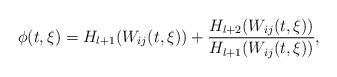
LaTeX: \begin{align*}\phi(t,\xi) = H_{l+1}(W_{ij}(t,\xi)) + \frac{H_{l+2}(W_{ij}(t,\xi))}{H_{l+1}(W_{ij}(t,\xi))},\end{align*}